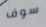
سوف